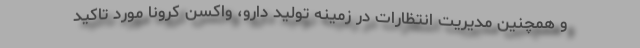
و همچنین مدیریت انتظارات در زمینه تولید دارو، واکسن کرونا مورد تاکید